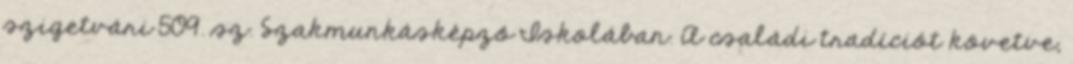
szigetvári 509. sz. Szakmunkásképzô Iskolában. A családi tradíciót követve,